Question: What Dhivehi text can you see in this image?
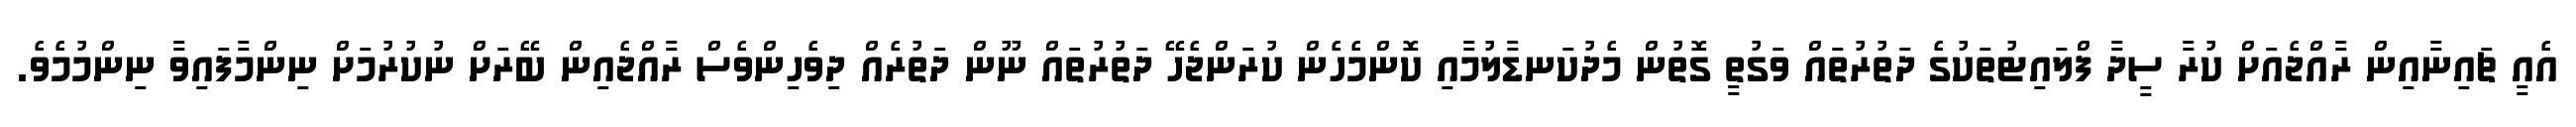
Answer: އެއީ ޗައިނާއިން ރާއްޖެއަށް ކުރާ ސީދާ ފްލައިޓުތަކުގެ ދަތުރުތައް ވަގުތީ ގޮތުން މެދުކަނޑާލުމާއި ކޮންމެހެން ކުރަންޖެހޭ ދަތުރުތައް ނޫން ދަތުރެއް ދިވެހިންވެސް ރާއްޖެއިން ބޭރަށް ނުކުރުމަށް ނިންމާފައިވާ ނިންމުމެވެ.